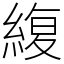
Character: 緮